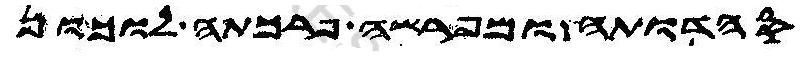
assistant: סהדותה ומפרשה פרכתה לוכון